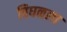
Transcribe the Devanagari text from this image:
चिघळला